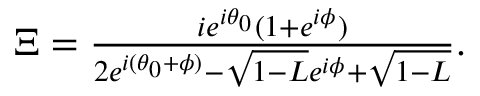
\begin{array} { r } { \Xi = \frac { i e ^ { i \theta _ { 0 } } ( 1 + e ^ { i \phi } ) } { 2 e ^ { i ( \theta _ { 0 } + \phi ) } - \sqrt { 1 - L } e ^ { i \phi } + \sqrt { 1 - L } } . } \end{array}